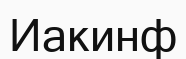
Иакинф